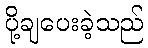
ပို့ချပေးခဲ့သည်